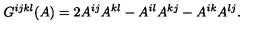
G ^ { i j k l } ( A ) = 2 A ^ { i j } A ^ { k l } - A ^ { i l } A ^ { k j } - A ^ { i k } A ^ { l j } .